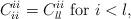
LaTeX: \begin{align*} C_{ii}^{ii}=C_{ll}^{ii}\mbox{ for }i<l,\end{align*}